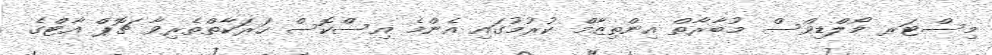
މިސްޓަރ މޯލްޑިވްސް މުބާރާތް އިންތިޒާމް ކުރުމުގައި އެންމެ އިސްކޮސް ހަރަކާތްތެރިވާ ޗޮޕް އާޓްގެ